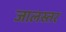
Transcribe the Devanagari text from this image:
जालस्तर